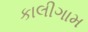
કાલીગામ